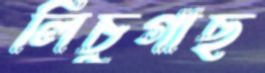
লিচুগাছ